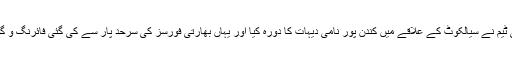
سرکاری ذرائع ابلاغ کے مطابق تین رکنی ٹیم نے سیالکوٹ کے علاقے میں کندن پور نامی دیہات کا دورہ کیا اور یہاں بھارتی فورسز کی سرحد پار سے کی گئی فائرنگ و گولہ باری سے ہوئے نقصانات کا جائزہ لیا۔